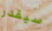
سيقدر